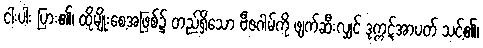
ငါးပါး ပြား၏၊ ထိုမျိုးစေ့အဖြစ်၌ တည်ရှိသော ဗီဇဂါမ်ကို ဖျက်ဆီးလျှင် ဒုက္ကဋ်အာပတ် သင့်၏၊